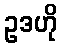
ဥဒဟို